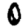
Digit: 0